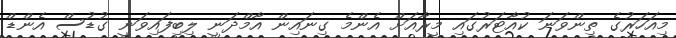
މިއަހަރުގެ ތިންވަނަ ކުއާޓަރުގައި މީރާއަށް އެންމެ ގިނައިން އާމްދަނީ ލިބިފައިވަނީ ގުޑުސް އެންޑް